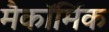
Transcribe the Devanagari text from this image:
मैकॉर्मिक